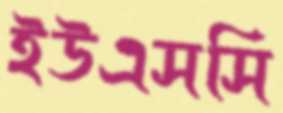
ইউএসসি